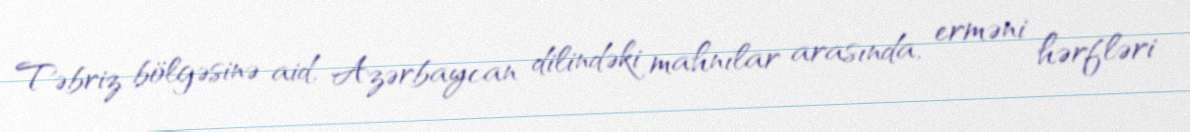
Təbriz bölgəsinə aid, Azərbaycan dilindəki mahnılar arasında, erməni hərfləri